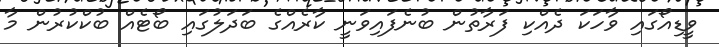
ވީޑިއޯގައި ވާހަކަ ދެއްކި ފަރާތުން ބުނެފައިވަނީ ކާރެއްގެ ބަދަލުގައި ބޯޓެއް ބުކްކުރުން މާ